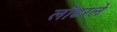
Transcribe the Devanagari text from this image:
लॉडरले